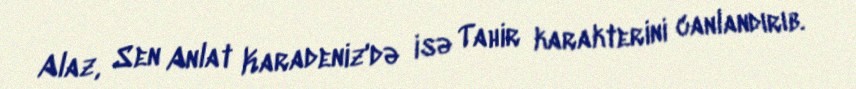
Alaz, Sen Anlat Karadeniz'də isə Tahir karakterini canlandırıb.